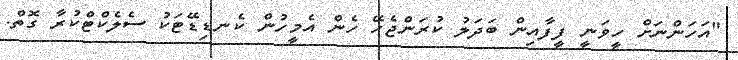
"އަހަންނަށް ހީވަނީ ފީފާއިން ބަދަލު ކުރަންޖެހޭ ހެން އެމީހުން ކެނޑިޑޭޓަކު ސެލެކްޓްކުރާ ގޮތް.